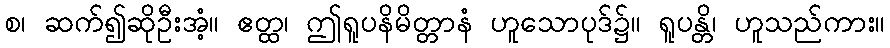
စ၊ ဆက်၍ဆိုဦးအံ့။ ဧတ္ထ၊ ဤရူပနိမိတ္တာနံ ဟူသောပုဒ်၌။ ရူပန္တိ၊ ဟူသည်ကား။